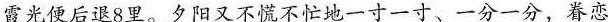
霞光便后退8里。夕阳又不慌不忙地一寸一寸、一分一分，眷恋